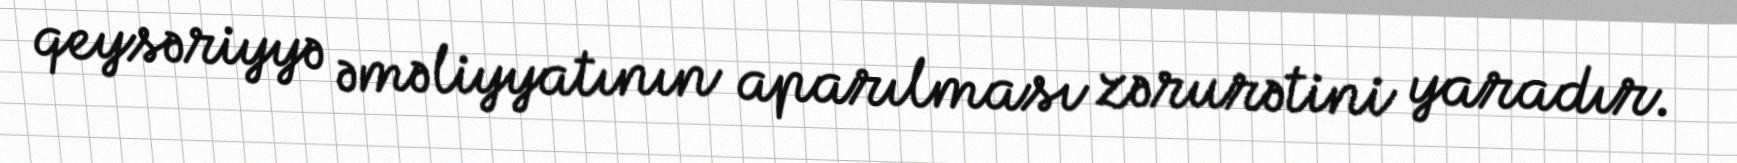
qeysəriyyə əməliyyatının aparılması zərurətini yaradır.